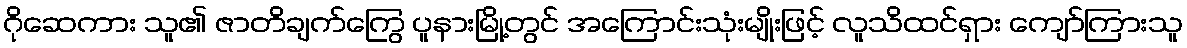
ဂိုဆေကား သူ၏ ဇာတိချက်ကြွေ ပူနားမြို့တွင် အကြောင်းသုံးမျိုးဖြင့် လူသိထင်ရှား ကျော်ကြားသူ